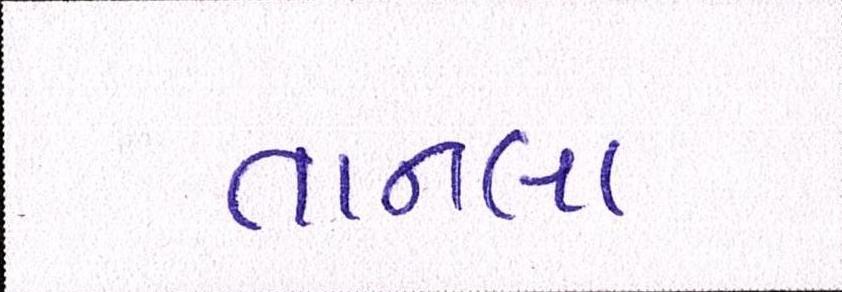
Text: તાનલા